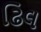
ઢિલ